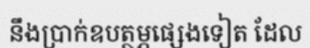
នឹងប្រាក់ឧបត្ថម្ភផ្សេងទៀត ដែល